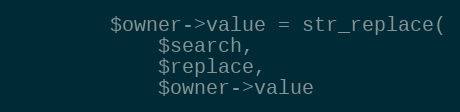
Language: PHP
        $owner->value = str_replace(
            $search,
            $replace,
            $owner->value